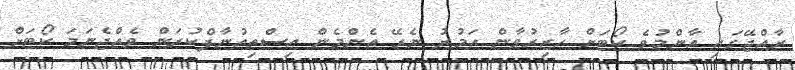
ރާއްޖޭގައި އާންމުވެ ކޯޓަށް ހާޒިރުވާން އަމުރު ނެރޭ އެންމެން އިސްތިއުނާފްކުރަން ވެއްޖެނަމަ ކޯޓަށް